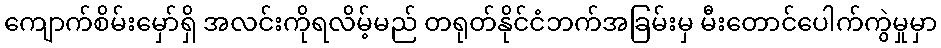
ကျောက်စိမ်းမှော်ရှိ အလင်းကိုရလိမ့်မည် တရုတ်နိုင်ငံဘက်အခြမ်းမှ မီးတောင်ပေါက်ကွဲမှုမှာ